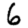
Digit: 6